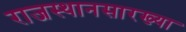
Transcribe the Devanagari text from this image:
राजस्थानसारख्या